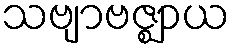
သဗျာဗဇ္ဈာယ